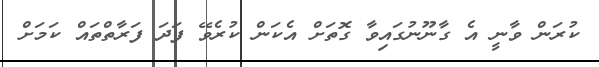
ކުރަން ވާނީ އެ ގާނޫނުގައިވާ ގޮތަށް އެކަން ކުރެވޭ ފަދަ ފަރާތްތައް ކަމަށް